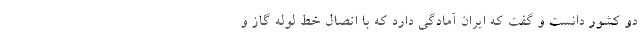
دو کشور دانست و گفت که ایران آمادگی دارد که با اتصال خط لوله گاز و